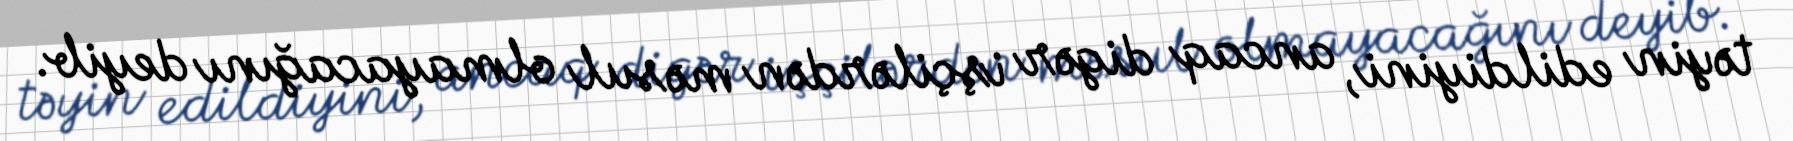
təyin edildiyini, ancaq digər işçilərdən məsul olmayacağını deyib.